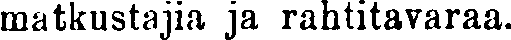
matkustajia ja rahtitavaraa.